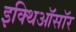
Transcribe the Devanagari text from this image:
इक्थिऑसॉर